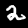
Label: 2